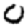
Digit: 0